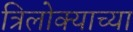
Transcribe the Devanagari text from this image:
त्रिलोक्याच्या